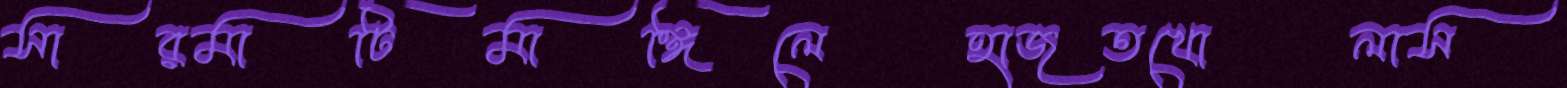
সারমাটিমাঙ্গিলেহাজতখোলাস